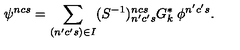
\psi ^ { n c s } = \sum _ { ( n ^ { \prime } c ^ { \prime } s ) \in I } ( S ^ { - 1 } ) _ { n ^ { \prime } c ^ { \prime } s } ^ { n c s } G _ { k } ^ { * } \: \phi ^ { n ^ { \prime } c ^ { \prime } s } .